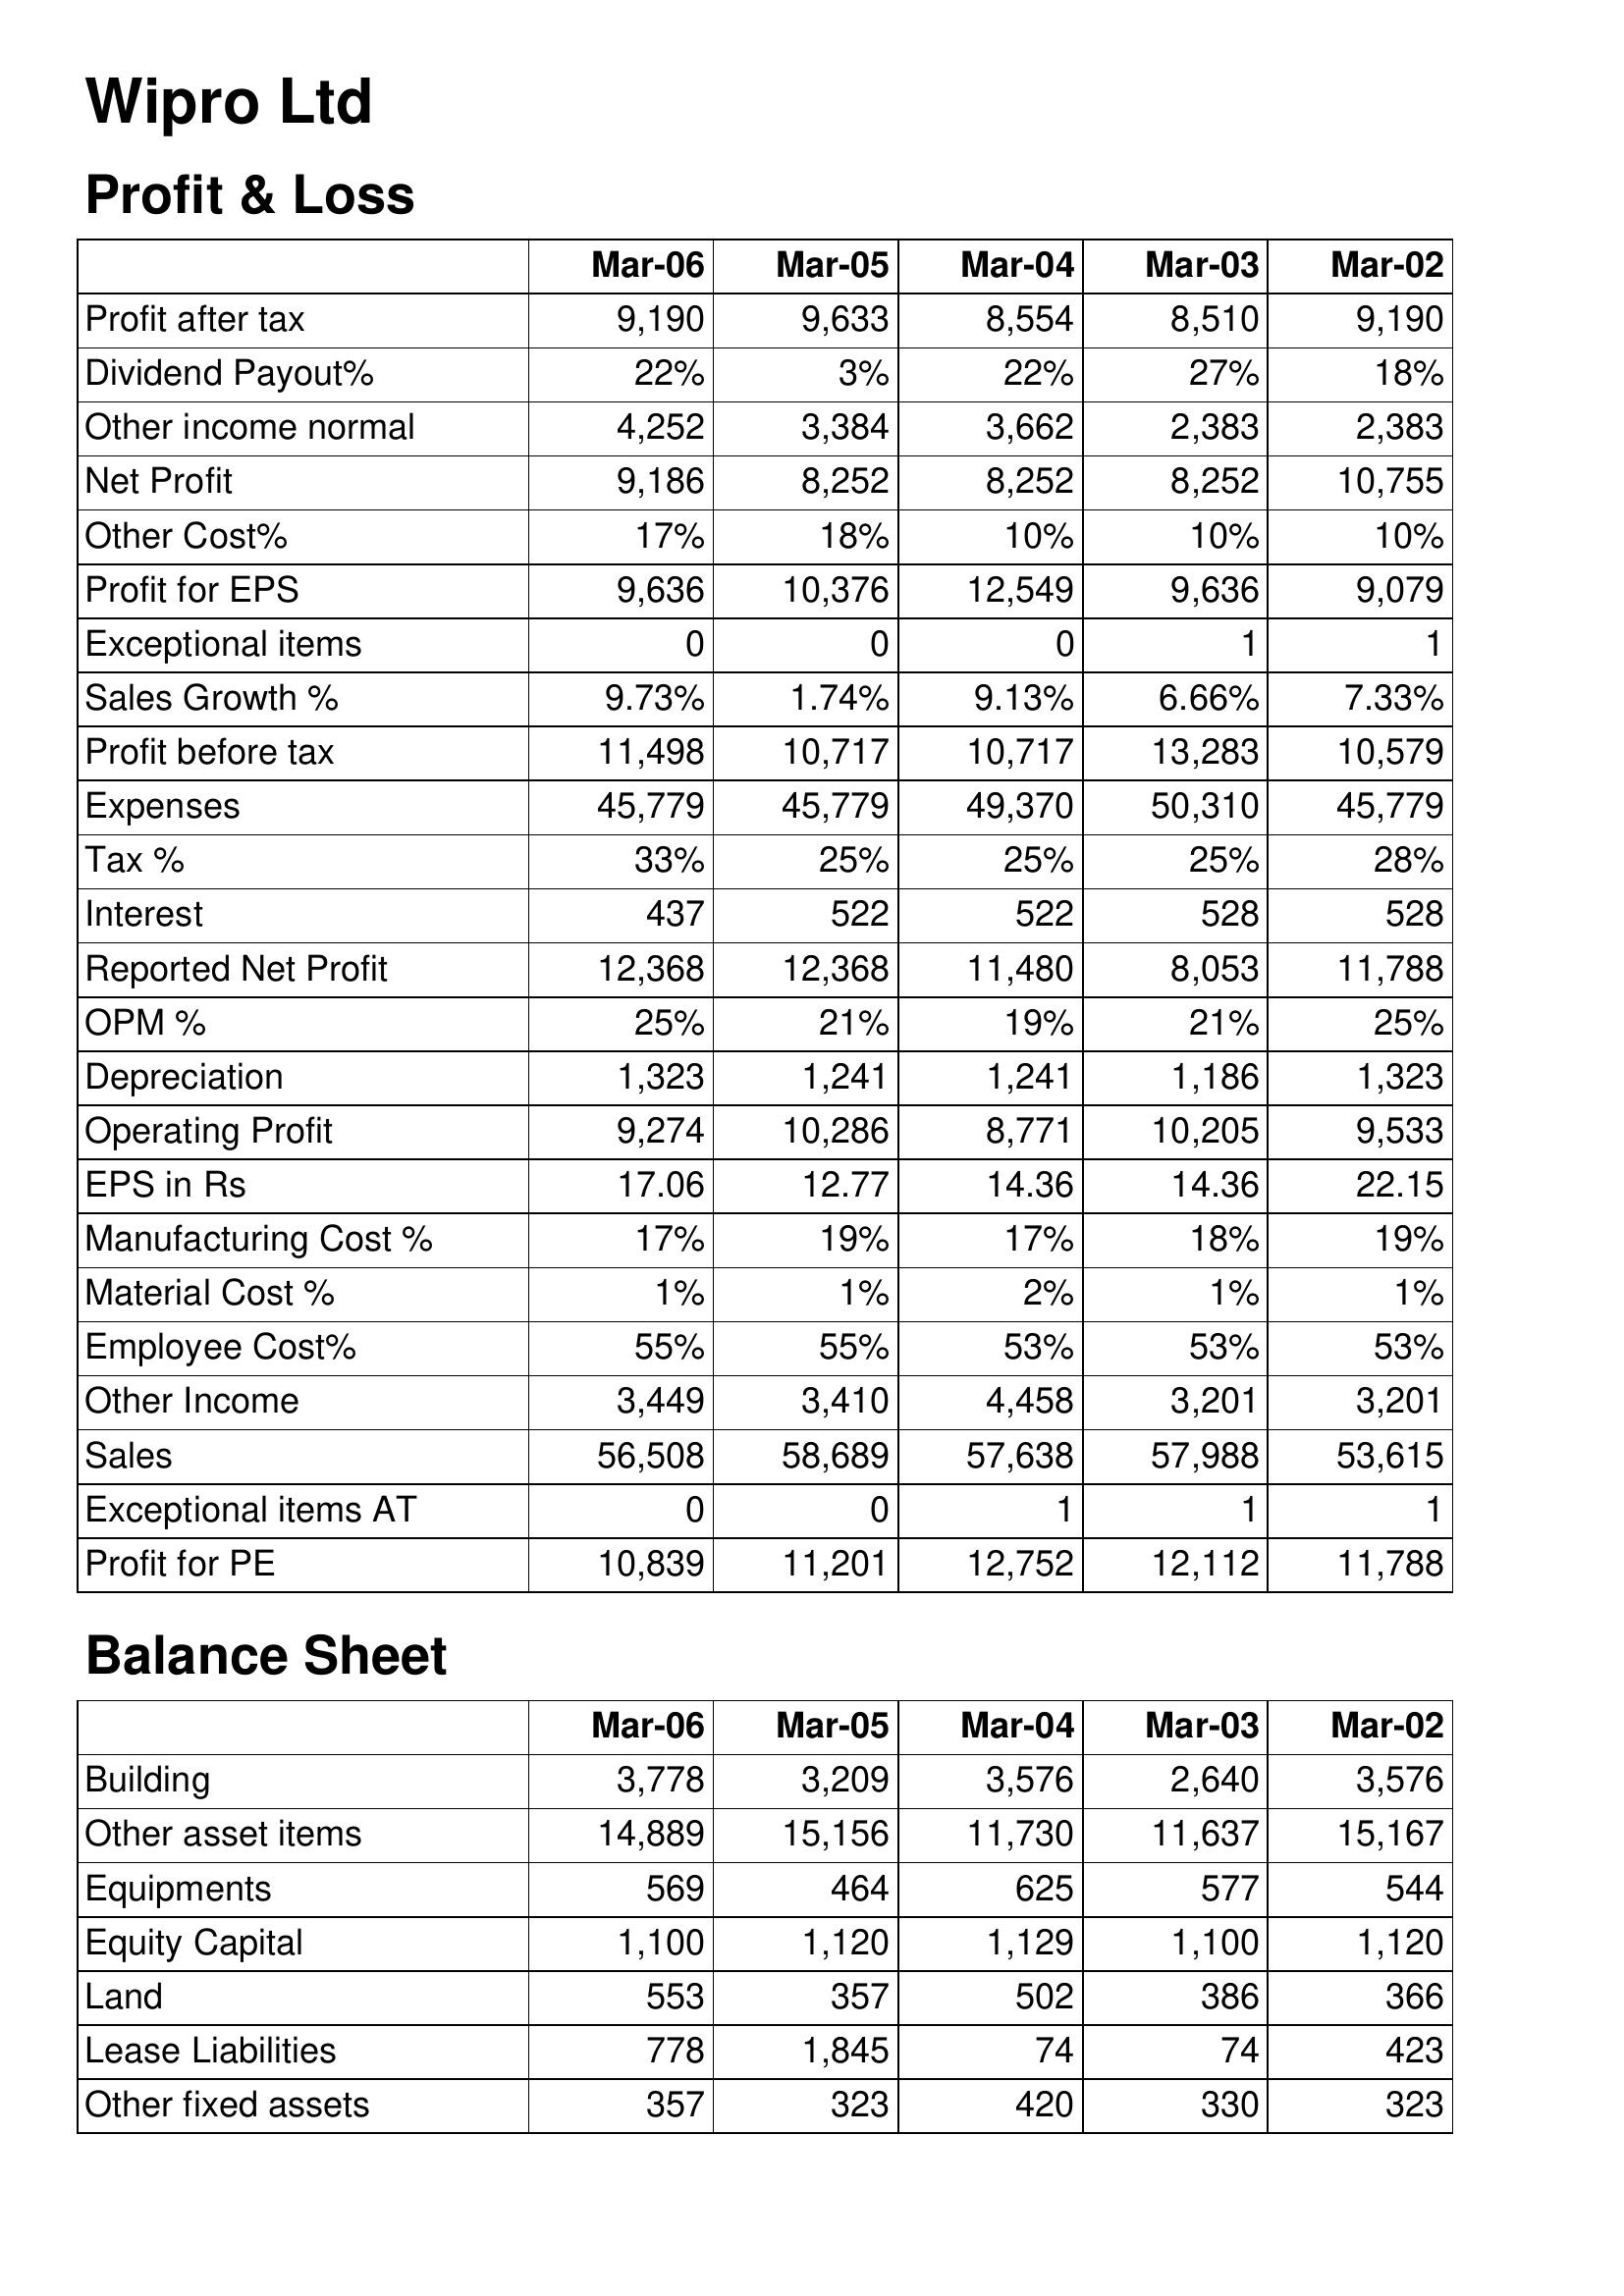
Mar-06: Profit & Loss: Profit after tax: 9,190
Dividend Payout%: 22%
Other income normal: 4,252
Net Profit: 9,186
Other Cost%: 17%
Profit for EPS: 9,636
Exceptional items: 0
Sales Growth %: 9.73%
Profit before tax: 11,498
Expenses: 45,779
Tax %: 33%
Interest: 437
Reported Net Profit: 12,368
OPM %: 25%
Depreciation: 1,323
Operating Profit: 9,274
EPS in Rs: 17.06
Manufacturing Cost %: 17%
Material Cost %: 1%
Employee Cost%: 55%
Other Income: 3,449
Sales: 56,508
Exceptional items AT: 0
Profit for PE: 10,839
Balance Sheet: Building: 3,778
Other asset items: 14,889
Equipments: 569
Equity Capital: 1,100
Land: 553
Lease Liabilities: 778
Other fixed assets: 357
Mar-05: Profit & Loss: Profit after tax: 9,633
Dividend Payout%: 3%
Other income normal: 3,384
Net Profit: 8,252
Other Cost%: 18%
Profit for EPS: 10,376
Exceptional items: 0
Sales Growth %: 1.74%
Profit before tax: 10,717
Expenses: 45,779
Tax %: 25%
Interest: 522
Reported Net Profit: 12,368
OPM %: 21%
Depreciation: 1,241
Operating Profit: 10,286
EPS in Rs: 12.77
Manufacturing Cost %: 19%
Material Cost %: 1%
Employee Cost%: 55%
Other Income: 3,410
Sales: 58,689
Exceptional items AT: 0
Profit for PE: 11,201
Balance Sheet: Building: 3,209
Other asset items: 15,156
Equipments: 464
Equity Capital: 1,120
Land: 357
Lease Liabilities: 1,845
Other fixed assets: 323
Mar-04: Profit & Loss: Profit after tax: 8,554
Dividend Payout%: 22%
Other income normal: 3,662
Net Profit: 8,252
Other Cost%: 10%
Profit for EPS: 12,549
Exceptional items: 0
Sales Growth %: 9.13%
Profit before tax: 10,717
Expenses: 49,370
Tax %: 25%
Interest: 522
Reported Net Profit: 11,480
OPM %: 19%
Depreciation: 1,241
Operating Profit: 8,771
EPS in Rs: 14.36
Manufacturing Cost %: 17%
Material Cost %: 2%
Employee Cost%: 53%
Other Income: 4,458
Sales: 57,638
Exceptional items AT: 1
Profit for PE: 12,752
Balance Sheet: Building: 3,576
Other asset items: 11,730
Equipments: 625
Equity Capital: 1,129
Land: 502
Lease Liabilities: 74
Other fixed assets: 420
Mar-03: Profit & Loss: Profit after tax: 8,510
Dividend Payout%: 27%
Other income normal: 2,383
Net Profit: 8,252
Other Cost%: 10%
Profit for EPS: 9,636
Exceptional items: 1
Sales Growth %: 6.66%
Profit before tax: 13,283
Expenses: 50,310
Tax %: 25%
Interest: 528
Reported Net Profit: 8,053
OPM %: 21%
Depreciation: 1,186
Operating Profit: 10,205
EPS in Rs: 14.36
Manufacturing Cost %: 18%
Material Cost %: 1%
Employee Cost%: 53%
Other Income: 3,201
Sales: 57,988
Exceptional items AT: 1
Profit for PE: 12,112
Balance Sheet: Building: 2,640
Other asset items: 11,637
Equipments: 577
Equity Capital: 1,100
Land: 386
Lease Liabilities: 74
Other fixed assets: 330
Mar-02: Profit & Loss: Profit after tax: 9,190
Dividend Payout%: 18%
Other income normal: 2,383
Net Profit: 10,755
Other Cost%: 10%
Profit for EPS: 9,079
Exceptional items: 1
Sales Growth %: 7.33%
Profit before tax: 10,579
Expenses: 45,779
Tax %: 28%
Interest: 528
Reported Net Profit: 11,788
OPM %: 25%
Depreciation: 1,323
Operating Profit: 9,533
EPS in Rs: 22.15
Manufacturing Cost %: 19%
Material Cost %: 1%
Employee Cost%: 53%
Other Income: 3,201
Sales: 53,615
Exceptional items AT: 1
Profit for PE: 11,788
Balance Sheet: Building: 3,576
Other asset items: 15,167
Equipments: 544
Equity Capital: 1,120
Land: 366
Lease Liabilities: 423
Other fixed assets: 323